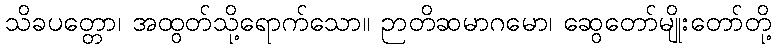
သိခပတ္တော၊ အထွတ်သို့ရောက်သော။ ဉာတိဆမာဂမော၊ ဆွေတော်မျိုးတော်တို့